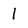
Character: l